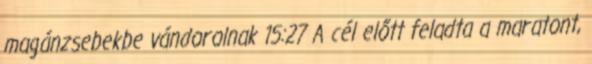
magánzsebekbe vándorolnak 15:27 A cél előtt feladta a maratont,